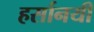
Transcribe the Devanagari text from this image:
हर्सानयी